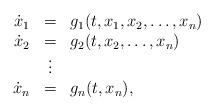
LaTeX: \begin{align*}\begin{array}{rcl}\dot{x}_{1}&=&g_{1}(t,x_{1},x_{2},\ldots,x_{n})\\\dot{x}_{2}&=&g_{2}(t,x_{2},\ldots,x_{n})\\ &\vdots& \\\dot{x}_{n}&=&g_{n}(t,x_{n}),\end{array}\end{align*}